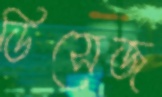
ডিসেজ